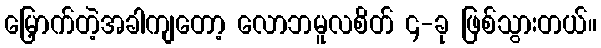
မြှောက်တဲ့အခါကျတော့ လောဘမူလစိတ် ၄-ခု ဖြစ်သွားတယ်။